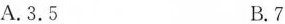
A.3.5 B.7